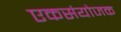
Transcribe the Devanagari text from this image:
एकसंयोजक